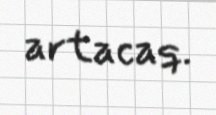
artacaq.